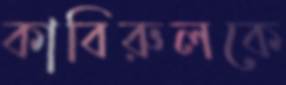
কাবিরুলকে